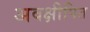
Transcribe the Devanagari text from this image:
अवक्षीपित